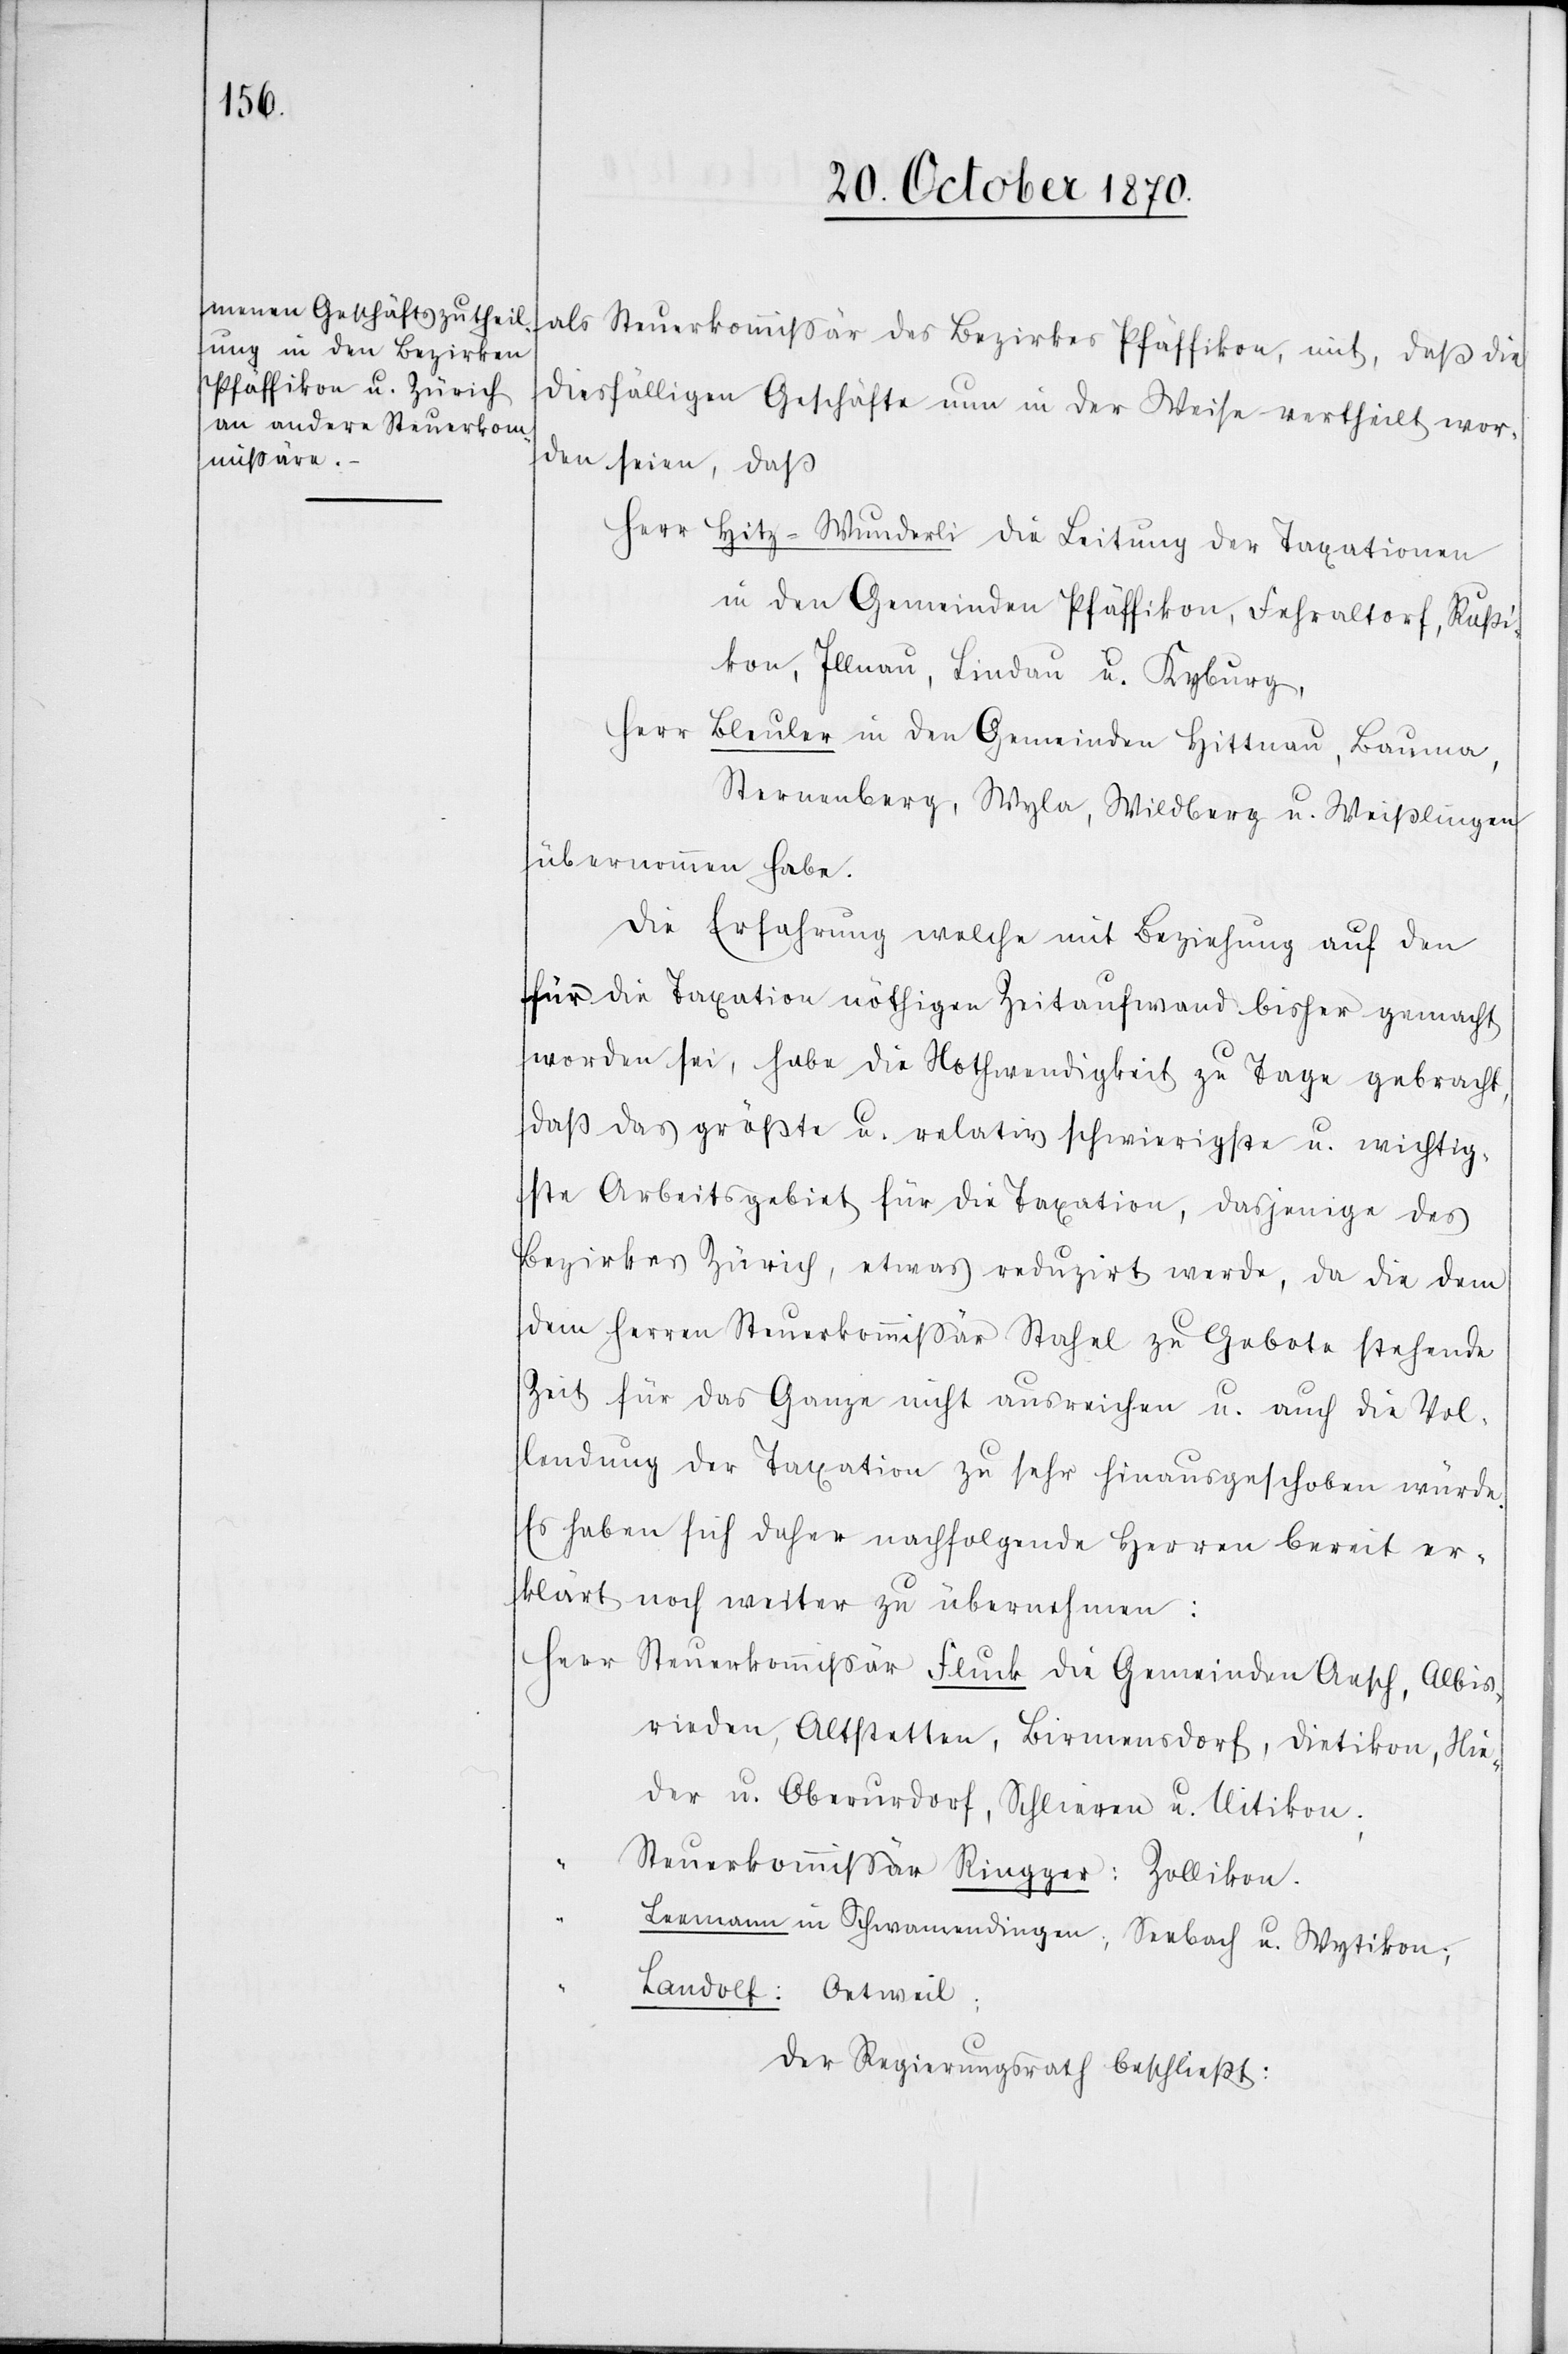
als Steuerkommißär des Bezirkes Pfäffikon, mit, daß die
diesfälligen Geschäfte nun in der Weise vertheilt wor¬
den seien, daß
Herr Hitz-Wunderli die Leitung der Taxationen
in den Gemeinden Pfäffikon, Fehraltorf, Rußi¬
kon, Illnau, Lindau u. Kyburg,
Herr Bleuler in den Gemeinden Hittnau, Bauma,
Sternenberg, Wyla, Wildberg u. Weißlingen
übernommen habe.
Die Erfahrung welche mit Beziehung auf den
für die Taxation nöthigen Zeitaufwand bisher gemacht
worden sei, habe die Nothwendigkeit zu Tage gebracht,
daß das größte u. relativ schwierigste u. wichtig¬
ste Arbeitsgebiet für die Taxation, dasjenige des
Bezirkes Zürich, etwas reduzirt werde, da die dem
dem Herren Steuerkommißär Stahel zu Gebote stehende
Zeit für das Ganze nicht ausreichen u. auch die Vol¬
lendung der Taxation zu sehr hinausgeschoben würde.
Es haben sich daher nachfolgende Herren bereit er¬
klärt noch weiter zu übernehmen:
Herr Steuerkommißär Flück die Gemeinden Aesch, Albis¬
rieden, Altstetten, Birmensdorf, Dietikon, Nie¬
der u. Oberurdorf, Schlieren u. Uitikon;
Steuerkommißär Ringger: Zollikon.
Leemann in Schwamendingen, Seebach u. Wetzikon;
Landolt: Oetweil.
Der Regierungsrath beschließt: